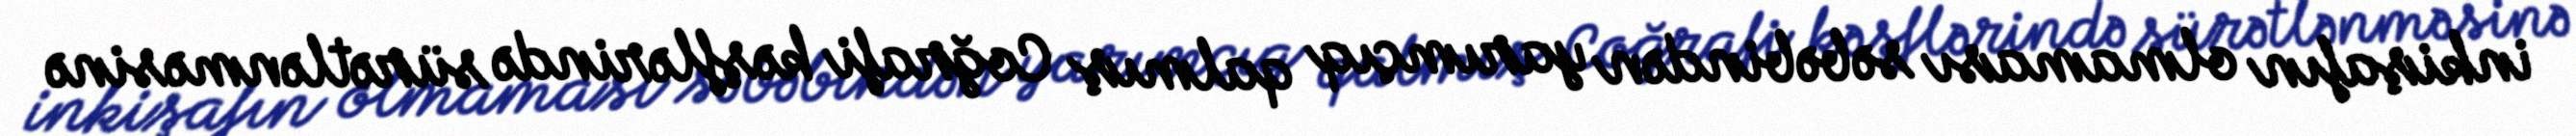
inkişafın olmaması səbəbindən yarımçıq qalmış Coğrafi kəşflərində sürətlənməsinə